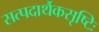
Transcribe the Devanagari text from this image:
सत्पदार्थैकसृष्टिः